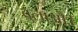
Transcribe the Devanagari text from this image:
बुलाओ।